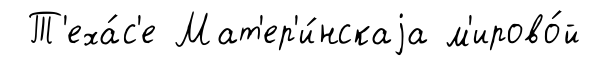
Т'еха́с'е Мат'ер'и́нскаjа м'ирово́й